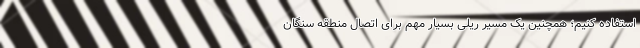
استفاده کنیم؛ همچنین یک مسیر ریلی بسیار مهم برای اتصال منطقه سنگان